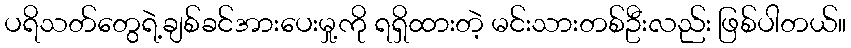
ပရိသတ်တွေရဲ့ချစ်ခင်အားပေးမှု့ကို ရရှိထားတဲ့ မင်းသားတစ်ဦးလည်း ဖြစ်ပါတယ်။